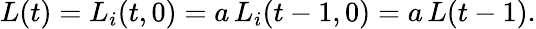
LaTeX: \begin{array}{r}{L(t)=L_{i}(t,0)=a\, L_{i}(t-1,0)=a\, L(t-1).}\end{array}